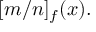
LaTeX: [ m / n ] _ { f } ( x ) .